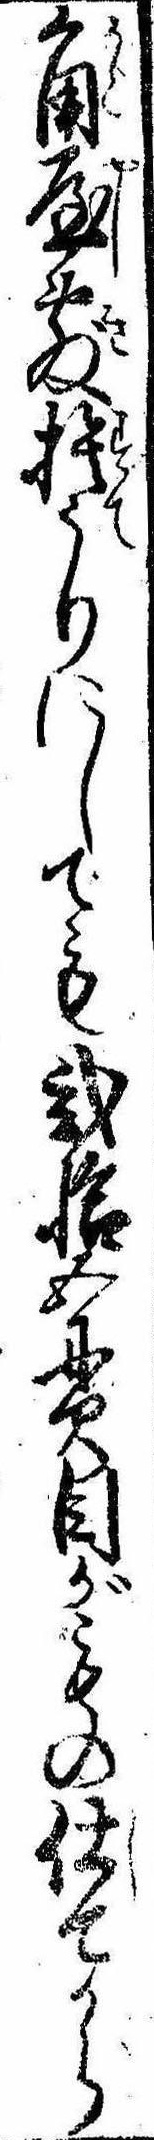
角屋敷捨うりにしても弐拾五貫目がもの仕てから